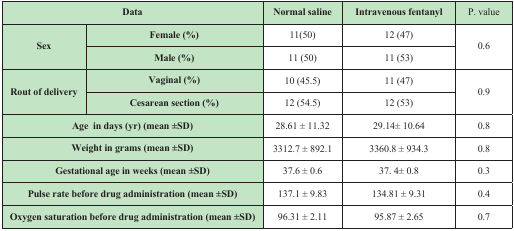
| <COLSPAN=2> Data | Normal saline | Intravenous fentanyl | P. value |
 | --- | --- | --- | --- | --- |
 | <ROWSPAN=2> Sex | Female (%) | 11(50) | 12 (47) | <ROWSPAN=2> 0.6 |
 | Male (%) | 11 (50) | 11 (53) |
 | <ROWSPAN=2> Rout of delivery | Vaginal (%) | 10 (45.5) | 11 (47) | <ROWSPAN=2> 0.9 |
 | Cesarean section (%) | 12 (54.5) | 12 (53) |
 | <COLSPAN=2> Age in days (yr) (mean ±SD) | 28.61 ± 11.32 | 29.14± 10.64 | 0.8 |
 | <COLSPAN=2> Weight in grams (mean ±SD) | 3312.7 ± 892.1 | 3360.8 ± 934.3 | 0.8 |
 | <COLSPAN=2> Gestational age in weeks (mean ±SD) | 37.6 ± 0.6 | 37. 4± 0.8 | 0.3 |
 | <COLSPAN=2> Pulse rate before drug administration (mean ±SD) | 137.1 ± 9.83 | 134.81 ± 9.31 | 0.4 |